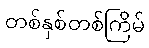
တစ်နှစ်တစ်ကြိမ်